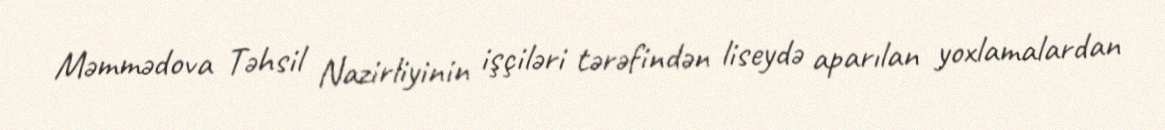
Məmmədova Təhsil Nazirliyinin işçiləri tərəfindən liseydə aparılan yoxlamalardan